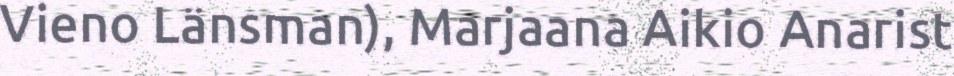
Vieno Länsman), Marjaana Aikio Anarist